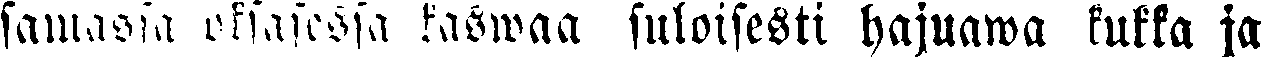
samassa osasessa raswaa suloisesti hajuawa kukka ja